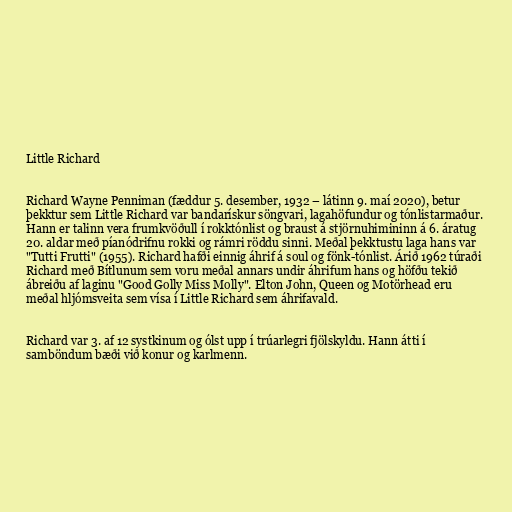
Little Richard

Richard Wayne Penniman (fæddur 5. desember, 1932 – látinn 9. maí 2020), betur
þekktur sem Little Richard var bandarískur söngvari, lagahöfundur og tónlistarmaður.
Hann er talinn vera frumkvöðull í rokktónlist og braust á stjörnuhimininn á 6. áratug
20. aldar með píanódrifnu rokki og rámri röddu sinni. Meðal þekktustu laga hans var
"Tutti Frutti" (1955). Richard hafði einnig áhrif á soul og fönk-tónlist. Árið 1962 túraði
Richard með Bítlunum sem voru meðal annars undir áhrifum hans og höfðu tekið
ábreiðu af laginu "Good Golly Miss Molly". Elton John, Queen og Motörhead eru
meðal hljómsveita sem vísa í Little Richard sem áhrifavald.

Richard var 3. af 12 systkinum og ólst upp í trúarlegri fjölskyldu. Hann átti í
samböndum bæði við konur og karlmenn.